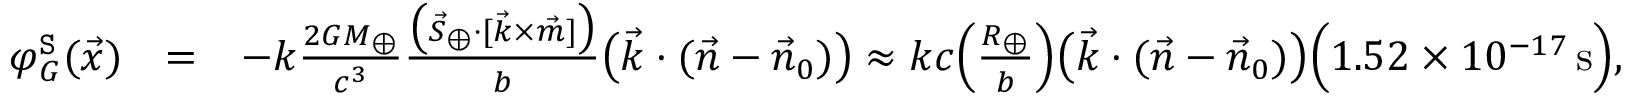
\begin{array} { r l r } { \varphi _ { G } ^ { \tt S } ( \vec { x } ) } & { = } & { - k \frac { 2 G M _ { \oplus } } { c ^ { 3 } } \frac { \big ( { \vec { S } } _ { \oplus } \cdot [ { \vec { k } } \times \vec { m } ] \big ) } { b } \big ( \vec { k } \cdot ( \vec { n } - \vec { n } _ { 0 } ) \big ) \approx k c \Big ( \frac { R _ { \oplus } } { b } \Big ) \big ( \vec { k } \cdot ( \vec { n } - \vec { n } _ { 0 } ) \big ) \Big ( 1 . 5 2 \times 1 0 ^ { - 1 7 } \, \mathrm { s } \Big ) , } \end{array}